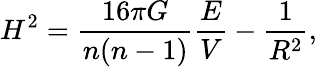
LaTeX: H^{2}=\frac{16\pi G}{n(n-1)}\frac{E}{V}-\frac{1}{R^{2}},